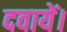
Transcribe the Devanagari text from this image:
दवायें।